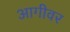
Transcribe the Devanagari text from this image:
आगीवर